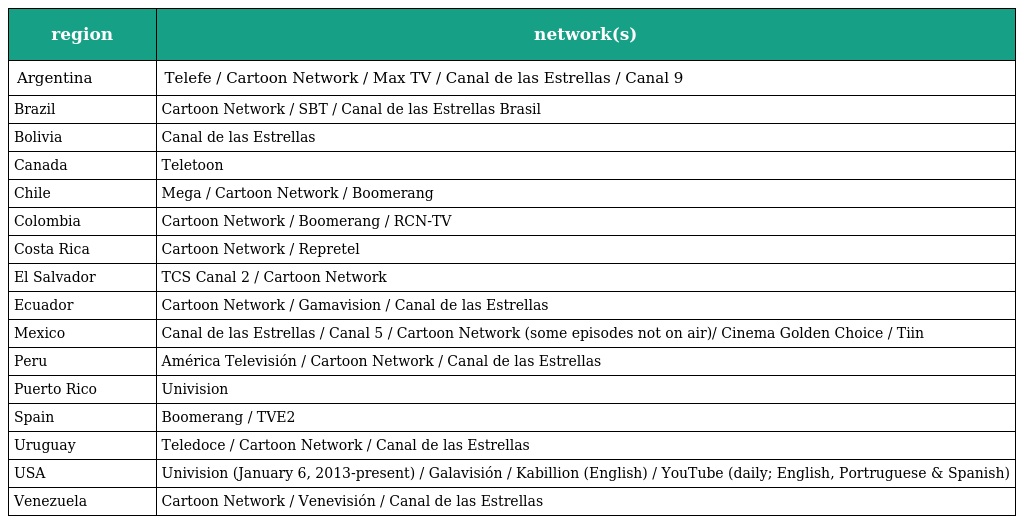
| region | network(s) |
 | --- | --- |
 | Argentina | Telefe / Cartoon Network / Max TV / Canal de las Estrellas / Canal 9 |
 | Brazil | Cartoon Network / SBT / Canal de las Estrellas Brasil |
 | Bolivia | Canal de las Estrellas |
 | Canada | Teletoon |
 | Chile | Mega / Cartoon Network / Boomerang |
 | Colombia | Cartoon Network / Boomerang / RCN-TV |
 | Costa Rica | Cartoon Network / Repretel |
 | El Salvador | TCS Canal 2 / Cartoon Network |
 | Ecuador | Cartoon Network / Gamavision / Canal de las Estrellas |
 | Mexico | Canal de las Estrellas / Canal 5 / Cartoon Network (some episodes not on air)/ Cinema Golden Choice / Tiin |
 | Peru | América Televisión / Cartoon Network / Canal de las Estrellas |
 | Puerto Rico | Univision |
 | Spain | Boomerang / TVE2 |
 | Uruguay | Teledoce / Cartoon Network / Canal de las Estrellas |
 | USA | Univision (January 6, 2013-present) / Galavisión / Kabillion (English) / YouTube (daily; English, Portruguese & Spanish) |
 | Venezuela | Cartoon Network / Venevisión / Canal de las Estrellas |